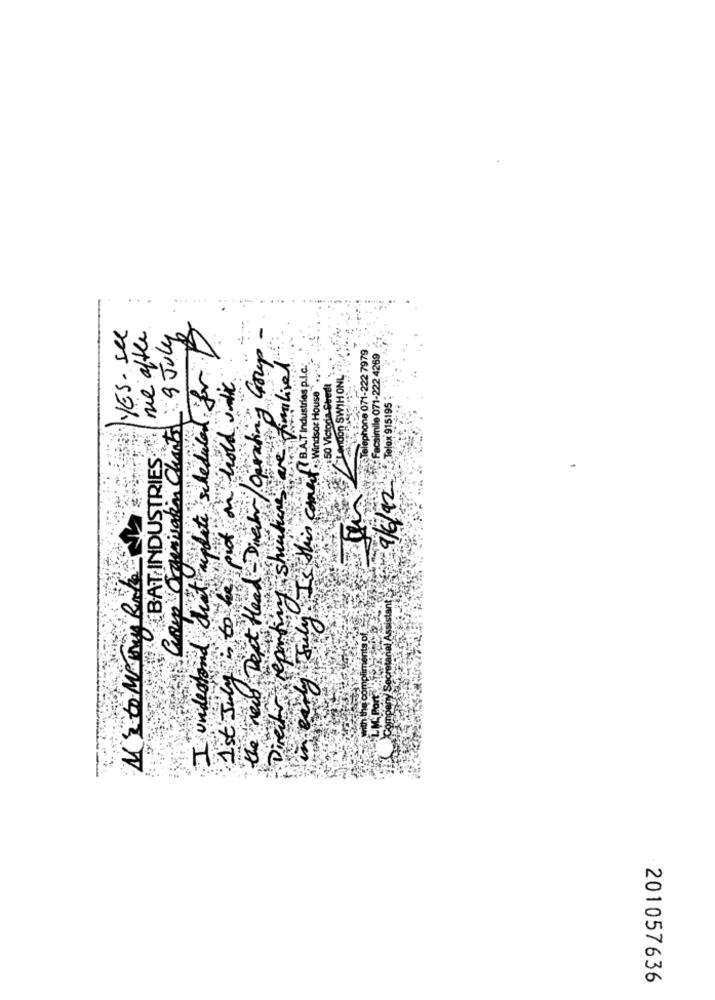
YES- see
me ofthe
I understand dist update scheduled for
ing Coup -
Camp Organisation Clients: 9 July
Facsimile 071-222 4269
Lebon SWIH ONL
Telephone 071-222 7979
47 B.AT Industries p.l.c.
hold until
this Canet Windsor House
2:50 Victoria Street
the new Dept Head - Dietr/ Operating
Telox 915195 ;
ABAT INDUSTRIES
reporting shinture
9/6/12
ly is to the post
1 st July
July
Direction
201057636